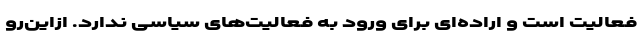
فعالیت است و اراده‌ای برای ورود به فعالیت‌های سیاسی ندارد. ازاین‌رو